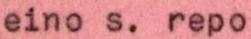
eino s. repo